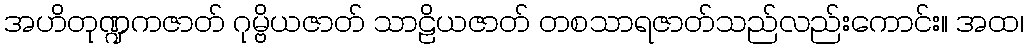
အဟိတုဏ္ဍကဇာတ် ဂုမ္ဗိယဇာတ် သာဠိယဇာတ် တစသာရဇာတ်သည်လည်းကောင်း။ အထ၊